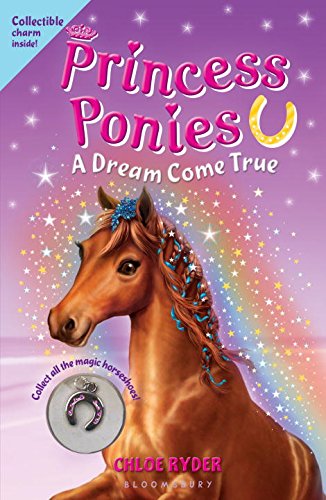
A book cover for Princess Ponies 2: A Dream Come True; Chloe Ryder; Children's Books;